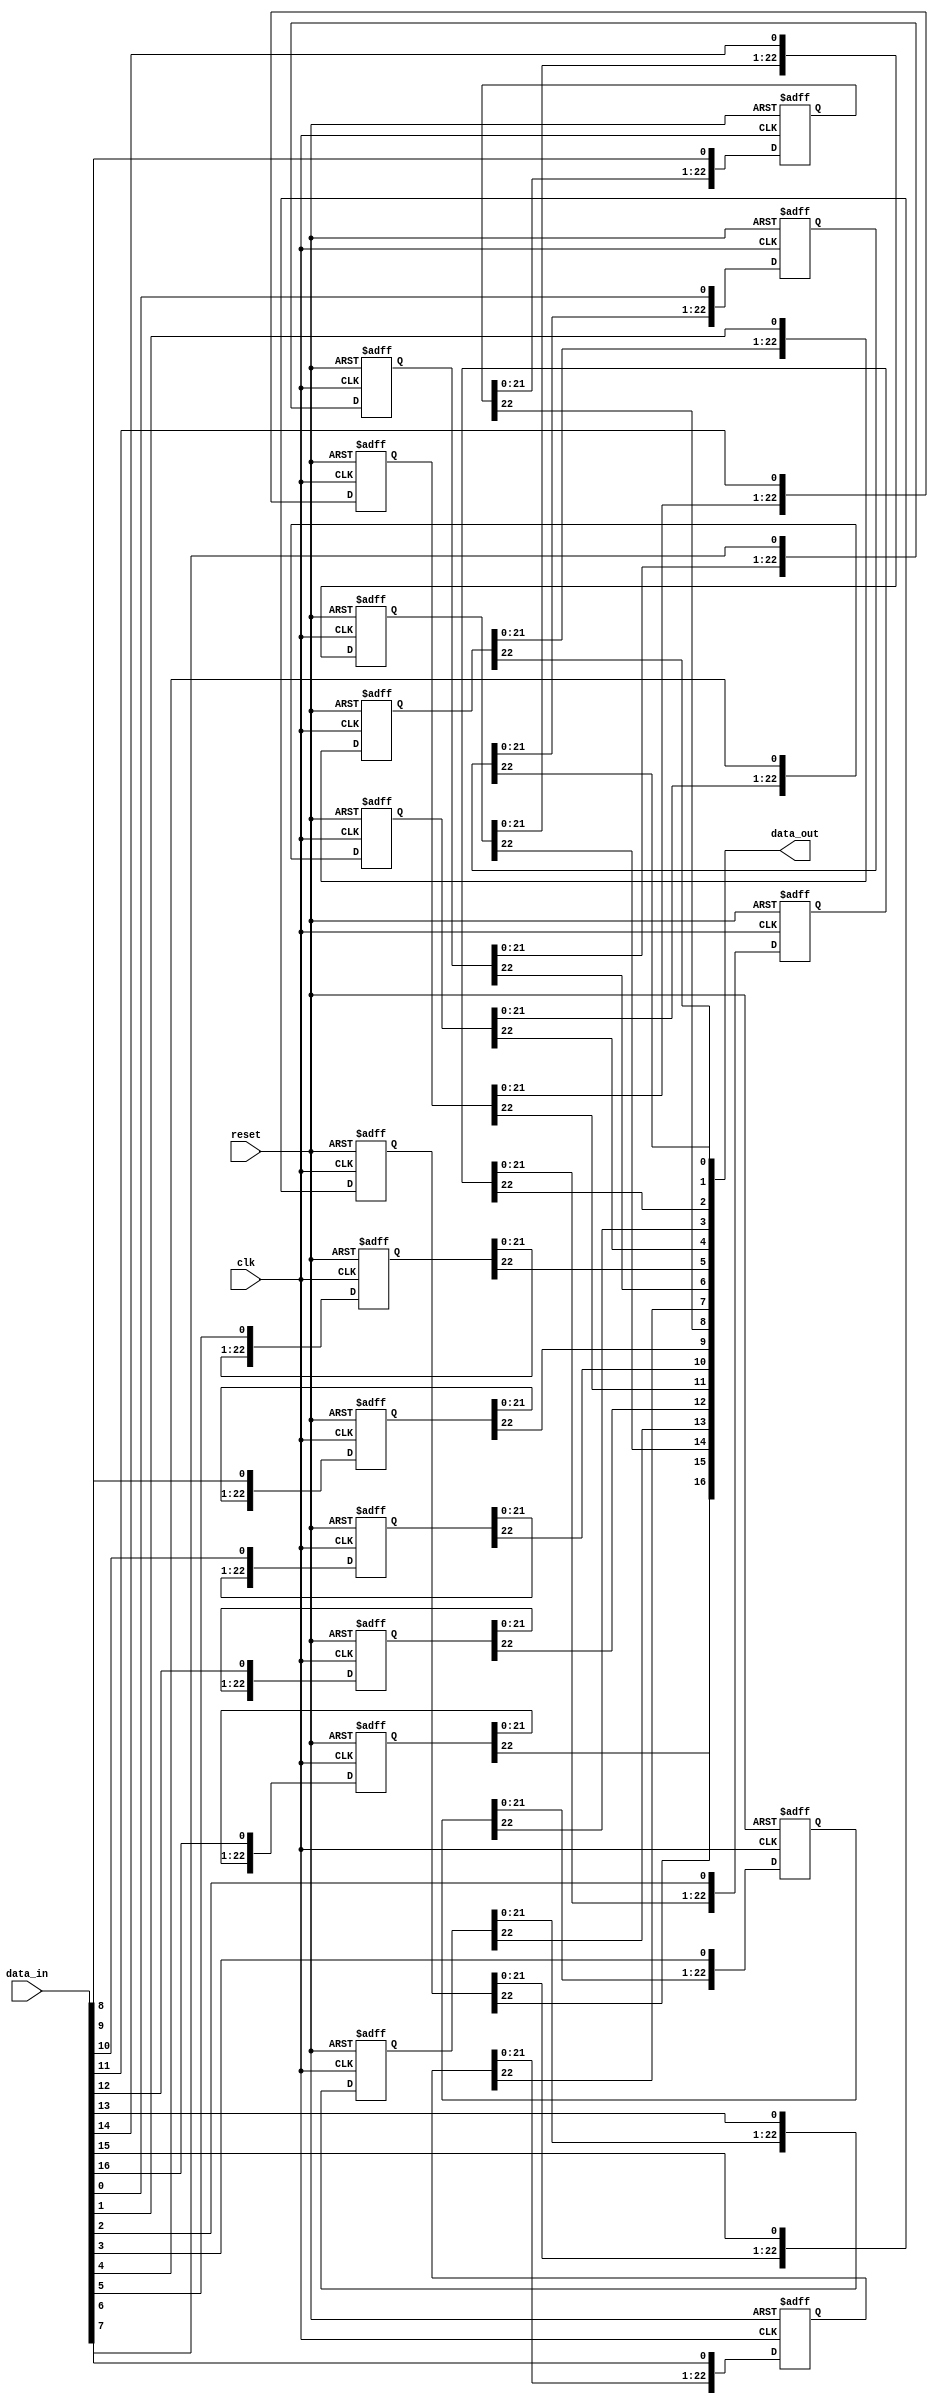
// Shifts data by a fixed depth.
// Optimize in future by finding a way to create 2-d arrays

module shift
(
  input clk,
  input reset,
  input signed [16:0] data_in,
  output signed [16:0] data_out
);

// Depth = D = n-k;
parameter IMAGE_WIDTH = 28;
parameter KERNEL_WIDTH = 5;
parameter D = IMAGE_WIDTH - KERNEL_WIDTH;

// Define holding register for each bit
reg [D-1:0] hr_0; reg [D-1:0] hr_1; reg [D-1:0] hr_2; reg [D-1:0] hr_3;
reg [D-1:0] hr_4; reg [D-1:0] hr_5; reg [D-1:0] hr_6; reg [D-1:0] hr_7;
reg [D-1:0] hr_8; reg [D-1:0] hr_9; reg [D-1:0] hr_10; reg [D-1:0] hr_11;
reg [D-1:0] hr_12; reg [D-1:0] hr_13; reg [D-1:0] hr_14; reg [D-1:0] hr_15;
reg [D-1:0] hr_16;

always @ (posedge clk or posedge reset) begin
  if (reset) begin
    hr_0 <= 0;
    hr_1 <= 0;
    hr_2 <= 0;
    hr_3 <= 0;
    hr_4 <= 0;
    hr_5 <= 0;
    hr_6 <= 0;
    hr_7 <= 0;
    hr_8 <= 0;
    hr_9 <= 0;
    hr_10 <= 0;
    hr_11 <= 0;
    hr_12 <= 0;
    hr_13 <= 0;
    hr_14 <= 0;
    hr_15 <= 0;
    hr_16 <= 0;
  end else begin
    hr_0 [D-1:0] <= {hr_0[D-2:0], data_in[0]};
    hr_1 [D-1:0] <= {hr_1[D-2:0], data_in[1]};
    hr_2 [D-1:0] <= {hr_2[D-2:0], data_in[2]};
    hr_3 [D-1:0] <= {hr_3[D-2:0], data_in[3]};
    hr_4 [D-1:0] <= {hr_4[D-2:0], data_in[4]};
    hr_5 [D-1:0] <= {hr_5[D-2:0], data_in[5]};
    hr_6 [D-1:0] <= {hr_6[D-2:0], data_in[6]};
    hr_7 [D-1:0] <= {hr_7[D-2:0], data_in[7]};
    hr_8 [D-1:0] <= {hr_8[D-2:0], data_in[8]};
    hr_9 [D-1:0] <= {hr_9[D-2:0], data_in[9]};
    hr_10 [D-1:0] <= {hr_10[D-2:0], data_in[10]};
    hr_11 [D-1:0] <= {hr_11[D-2:0], data_in[11]};
    hr_12 [D-1:0] <= {hr_12[D-2:0], data_in[12]};
    hr_13 [D-1:0] <= {hr_13[D-2:0], data_in[13]};
    hr_14 [D-1:0] <= {hr_14[D-2:0], data_in[14]};
    hr_15 [D-1:0] <= {hr_15[D-2:0], data_in[15]};
    hr_16 [D-1:0] <= {hr_16[D-2:0], data_in[16]};
  end
end

assign data_out[0] = hr_0[D-1]; assign data_out[1] = hr_1[D-1];
assign data_out[2] = hr_2[D-1]; assign data_out[3] = hr_3[D-1];
assign data_out[4] = hr_4[D-1]; assign data_out[5] = hr_5[D-1];
assign data_out[6] = hr_6[D-1]; assign data_out[7] = hr_7[D-1];
assign data_out[8] = hr_8[D-1]; assign data_out[9] = hr_9[D-1];
assign data_out[10] = hr_10[D-1]; assign data_out[11] = hr_11[D-1];
assign data_out[12] = hr_12[D-1]; assign data_out[13] = hr_13[D-1];
assign data_out[14] = hr_14[D-1]; assign data_out[15] = hr_15[D-1];
assign data_out[16] = hr_16[D-1];

endmodule